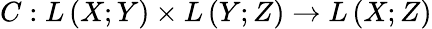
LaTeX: C:L\left(X;Y\right)\times L\left(Y;Z\right)\to L\left(X;Z\right)